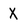
Character: X